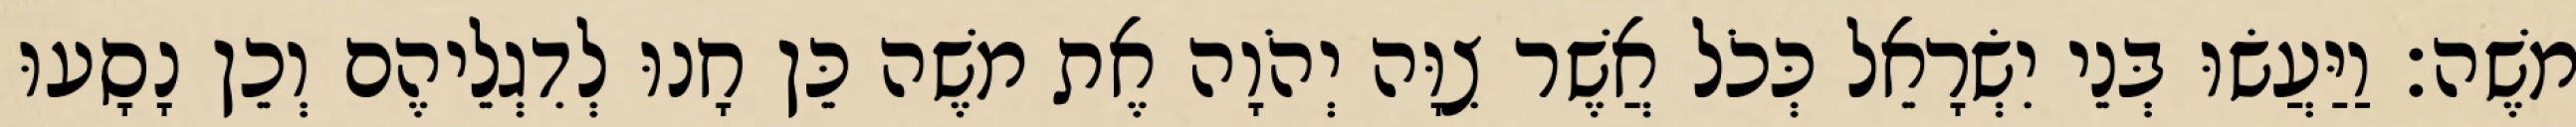
משֶׁה׃ וַיַּעֲשׂוּ בְּנֵי יִשְׂרָאֵל כְּכֹל אֲשֶׁר צִוָּה יְהֹוָה אֶת משֶׁה כֵּן חָנוּ לְדִגְלֵיהֶם וְכֵן נָסָעוּ